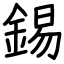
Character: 錫